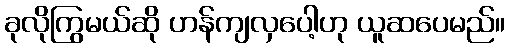
ခုလိုကြွမယ်ဆို ဟန်ကျလှပေါ့ဟု ယူဆပေမည်။